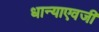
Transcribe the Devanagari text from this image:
धान्याएवजी